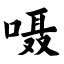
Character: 嗫